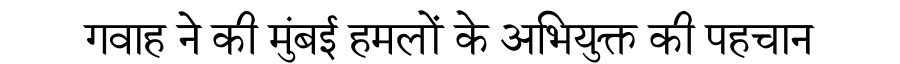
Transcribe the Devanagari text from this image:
गवाह ने की मुंबई हमलों के अभियुक्त की पहचान